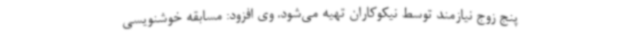
پنج زوج نیازمند توسط نیکوکاران تهیه می‌شود. وی افزود: مسابقه خوشنویسی